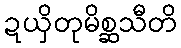
ဍယှိတုမိစ္ဆသီတိ